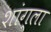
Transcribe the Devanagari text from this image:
शांग्ला